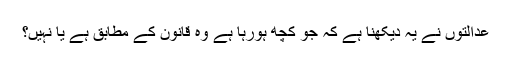
عدالتوں نے یہ دیکھنا ہے کہ جو کچھ ہورہا ہے وہ قانون کے مطابق ہے یا نہیں؟